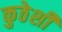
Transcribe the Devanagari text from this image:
कुठेशी